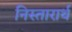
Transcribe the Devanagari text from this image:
निस्तारार्थ